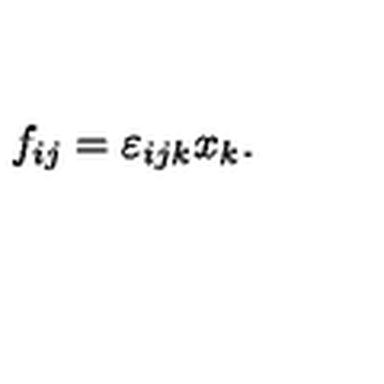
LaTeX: f _ { i j } = \varepsilon _ { i j k } x _ { k } .